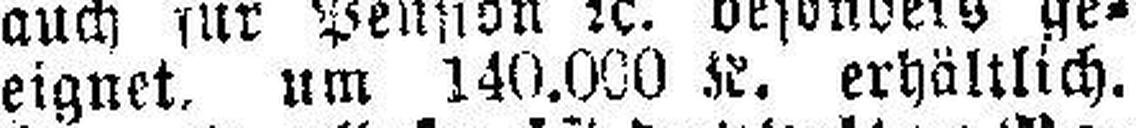
eignet, um 140.000 K. erhältlich.